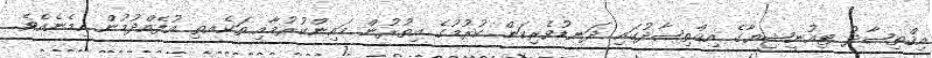
އިޤްތިޞާދު ޓިއުނީޝިޔާގެ އިޤްތިޞާދުގައި ދަނޑުވެރިކަން ކުރުމުގެ އިތުރުން މައިންކުރުމާއި ތަކެއތި އުފެއްދުމުން ހިމެނެއެވެ.